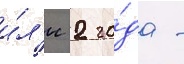
и́л'и 2 го́да -